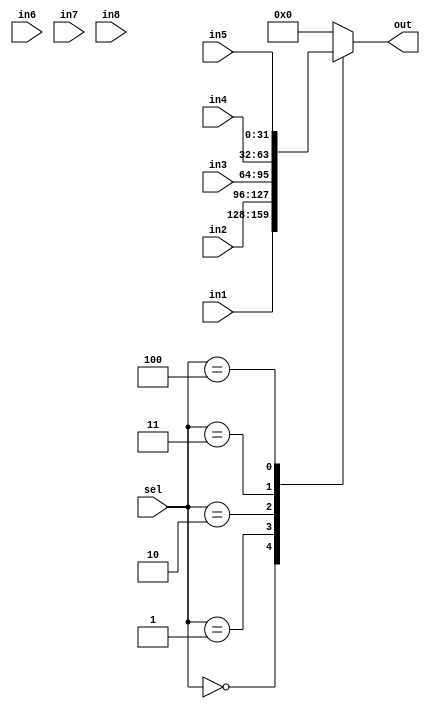
`timescale 1ns / 1ps
//////////////////////////////////////////////////////////////////////////////////
// Company: 
// Engineer: 
// 
// Design Name: 
// Module Name:    mux8 
// Project Name: 
// Target Devices: 
// Tool versions: 
// Description: 
//
// Dependencies: 
//
// Revision: 
// Revision 0.01 - File Created
// Additional Comments: 
//
//////////////////////////////////////////////////////////////////////////////////
module mux8(
    input [31:0] in1,
    input [31:0] in2,
    input [31:0] in3,
    input [31:0] in4,
    input [31:0] in5,
    input [31:0] in6,
    input [31:0] in7,
    input [31:0] in8,
    input [2:0] sel,
    output [31:0] out
    );
reg [31:0]_out;
	always@(*)
		case(sel)
			3'b000:_out=in1;
			3'b001:_out=in2;
			3'b010:_out=in3;
			3'b011:_out=in4;
			3'b100:_out=in5;
			default:_out=0;
		endcase
assign out=_out;

endmodule